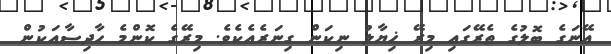
އޭނަގެ ބޮލުގެ ތެރޭގައި މިރޭ ޚިޔާލު ނިކަން ގިނަރެއެކެވެ. މިރޭގެ ކޮންމެ ހާދިސާއަކުން